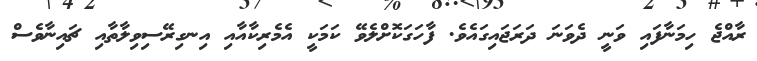
ރާއްޖެ ހިމަނާފައި ވަނީ ދެވަނަ ދަރަޖައިގައެވެ. ފާހަގަކޮށްލެވޭ ކަމަކީ އެމެރިކާއާއި އިނގިރޭސިވިލާތާއި ޗައިނާވެސް